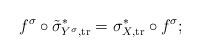
LaTeX: \begin{align*} f^\sigma \circ \tilde{\sigma}_{Y^\sigma, \mathrm{tr}}^{*} = \sigma_{X, \mathrm{tr}}^* \circ f^\sigma;\end{align*}